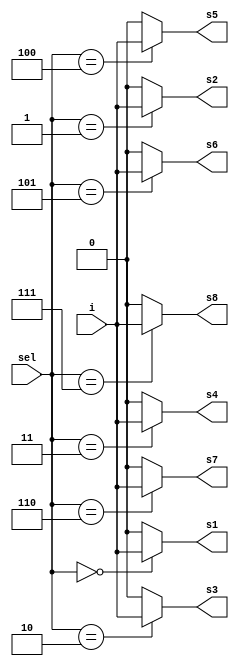
module demultiplexor_1linea(sel, i, s1, s2, s3, s4, s5, s6, s7, s8);

	input [2:0] sel;
	input i;
	output s1; 
	output s2; 
	output s3; 
	output s4; 
	output s5; 
	output s6; 
	output s7; 
	output s8;

	reg s1;
	reg s2;
	reg s3;
	reg s4;
	reg s5;
	reg s6;
	reg s7;
	reg s8;

	always @*
	begin
		s1 = (sel == 3'b000) ? i : 1'b0;
		s2 = (sel == 3'b001) ? i : 1'b0;
		s3 = (sel == 3'b010) ? i : 1'b0;
		s4 = (sel == 3'b011) ? i : 1'b0;
		s5 = (sel == 3'b100) ? i : 1'b0;
		s6 = (sel == 3'b101) ? i : 1'b0;
		s7 = (sel == 3'b110) ? i : 1'b0;
		s8 = (sel == 3'b111) ? i : 1'b0;
	end

endmodule